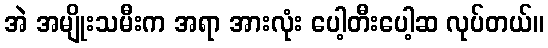
အဲ အမျိုးသမီးက အရာ အားလုံး ပေါ့တီးပေါ့ဆ လုပ်တယ်။